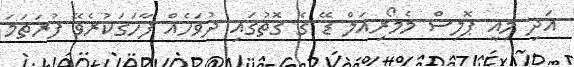
އަދި މިއީ ޕޮލިސް މެމޯރިއަލް ޑޭ ގެ ގޮތުގައި ދުވަހެއް ފާހަގަކުރެވޭ ފުރަތަމަ